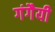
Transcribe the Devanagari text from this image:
गंगैयी